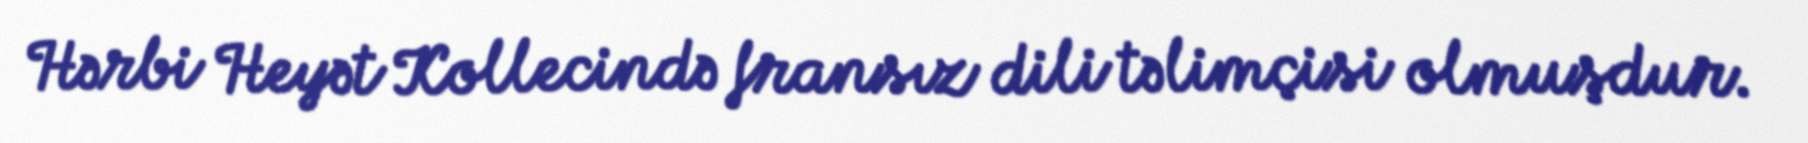
Hərbi Heyət Kollecində fransız dili təlimçisi olmuşdur.